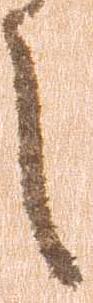
之